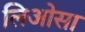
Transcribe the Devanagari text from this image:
लिओसा